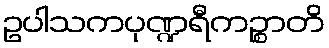
ဥပါသကပုဏ္ဍရီကဉ္စာတိ